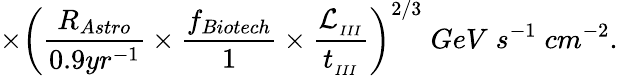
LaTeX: \times\left(\frac{R_{Astro}}{0.9yr^{-1}}\times\frac{f_{Biotech}}{1}\times\frac{\mathcal{L}_{_{III}}}{t_{_{III}}}\right)^{2/3}\; GeV\; s^{-1}\; cm^{-2}.